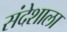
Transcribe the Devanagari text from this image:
संदेशाला